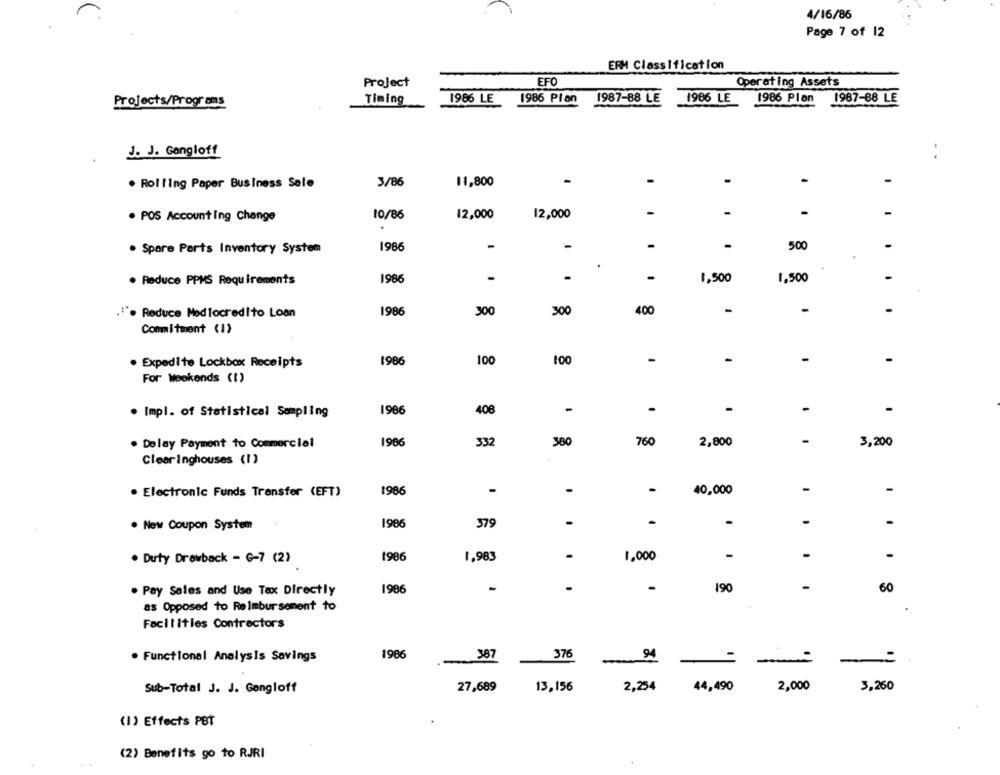
4/16/86
Page 7 of 12
ERM Classification
Project
EFO
Operating Assets
Projects/Programs
Timing
1986 LE
1986 Plan
1987-88 LE
1986 LE
1986 Plon
1987-88 LE
J. J. Gangloff
. .
-
. Rolling Paper Business Sete
3/86
11,800
-
. POS Account Ing Change
10/86
12,000
12,000
-
.
1986
-
-
-
-
500
. Spare Parts Inventory System
. Reduce PPMS Requirements
1986
-
1,500
-
1,500
1986
300
400
-
-
-
Reduce Med locredito Loan
300
Commitment (1)
. Expedite Lockbox Receipts
1986
100
100
-
-
-
For Weekends (1)
1986
408
-
-
-
. Impl. of Statistical Sampling
-
1986
332
380
760
2,800
3,200
. Delay Payment to Commercial
Clearinghouses (1)
-
. Electronic Funds Transfer (EFT)
1986
40,000
-
. New Coupon System
1986
379
-
.
.
. Duty Drawback - G-7 (2)
1986
1,983
1,000
-
1986
190
60
. Pay Sales and Use Tax Directly
as Opposed to Reimbursement to
Facilities Contractors
. Functional Analysis Savings
1986
387
376
94
-
Sub-Total J. J. Gangloff
27,689
13,156
2,254
44,490
2,000
3,260
(1) Effects PBT
(2) Benefits go to RJRI